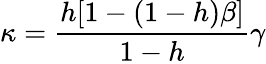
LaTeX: \kappa={\frac{h[1-(1-h)\beta]}{1-h}}\gamma